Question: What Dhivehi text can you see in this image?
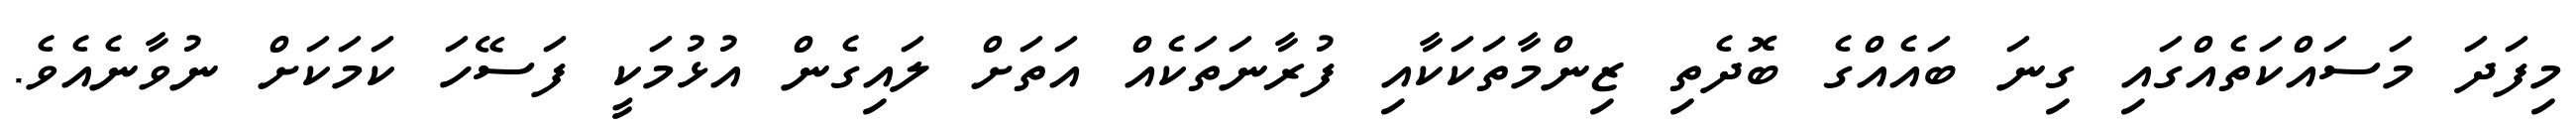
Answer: މިފަދަ މަސައްކަތެއްގައި ގިނަ ބައެއްގެ ބޮދެތި ޒިންމާތަކަކާއި ފުރާނަތަކެއް އަތަށް ލައިގެން އުޅުމަކީ ފަސޭހަ ކަމަކަށް ނުވާނެއެވެ.